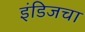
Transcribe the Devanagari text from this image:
इंडिजचा